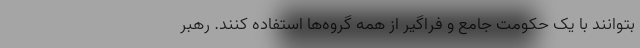
بتوانند با یک حکومت جامع و فراگیر از همه گروه‌ها استفاده کنند. رهبر